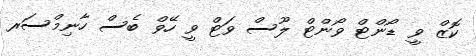
ކޮޒް ވީ ޑޯންޓް ވޯންޓް ލޫސް ވަޓް ވީ ހޭވް ބެސް ހާނިމްސަރ